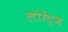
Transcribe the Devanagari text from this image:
लोरेंट्ज़